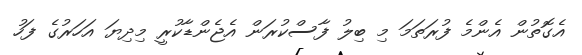
އެގޮތުން އެންމެ ފުރަތަމަ މި ބިލު ފާސްކުރަން އެޖެންޑާކުރީ މިދިޔަ އަހަރުގެ ފަހު